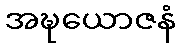
အဍ္ဎယောဇနံ